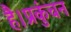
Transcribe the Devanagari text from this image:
है।प्रकुंचन